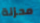
محزنة